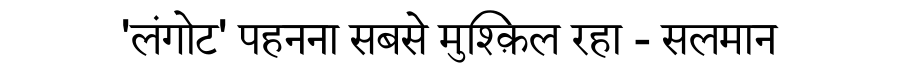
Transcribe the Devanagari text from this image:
'लंगोट' पहनना सबसे मुश्क़िल रहा - सलमान